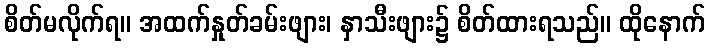
စိတ်မလိုက်ရ။ အထက်နှုတ်ခမ်းဖျား၊ နှာသီးဖျား၌ စိတ်ထားရသည်။ ထိုနောက်